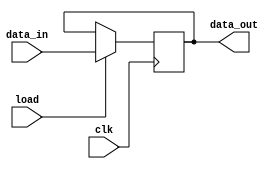
//pipo.v

module pipo (
    data_out, data_in, load, clk
);

    input [15 : 0] data_in;
    input load, clk;
    output reg [15 : 0] data_out;

    always @(posedge clk) begin
        if(load) data_out <= data_in;
    end
    
endmodule